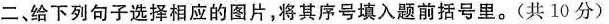
二、给下列句子选择相应的图片,将其序号填入题前括号里.(共 10分)